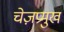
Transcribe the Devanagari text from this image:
चेज़प्रमुख